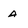
Character: a